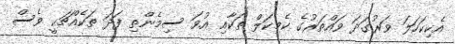
އެކިކަހަލަ ވަރުގަދަ ވައްތަރުގެ ކެމިކަލް ތަކާއި އުވަ ސިމެންތި ފަދަ ތަކެއްޗަކީ ވެސް